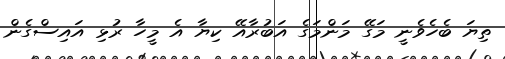
ތިޔަ ބެހެވެނީ މަގޭ މަންމަގެ އަބުރާއޭ ކިޔާ އެ މީހާ ރުޅި އައިސްގެން